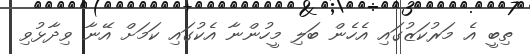
ތިބީ އެ މަރުކަޒުގައި އެހެން ބަލި މީހުންނާ އެކުގައި ކަމަށް އޭނާ ވިދާޅުވި